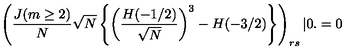
\left( \frac { J ( m \ge 2 ) } { N } \sqrt { N } \left\{ \left( \frac { H ( - 1 / 2 ) } { \sqrt { N } } \right) ^ { 3 } - H ( - 3 / 2 ) \right\} \right) _ { r s } | 0 . = 0